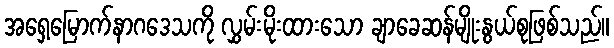
အရှေ့မြောက်နာဂဒေသကို လွှမ်းမိုးထားသော ချာခေဆန်မျိုးနွယ်စုဖြစ်သည်။